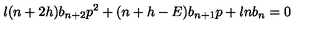
\l ( n + 2 h ) b _ { n + 2 } p ^ { 2 } + ( n + h - E ) b _ { n + 1 } p + \l n b _ { n } = 0